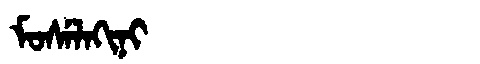
Manchu: ᠮᠣᠰᡝᠯᠠᡴᡳᠨᡳ
Romanization: MOSELAKINI